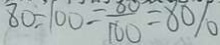
8 0 \div 1 0 0 = \frac { 8 0 } { 1 0 0 } = 8 0 \%